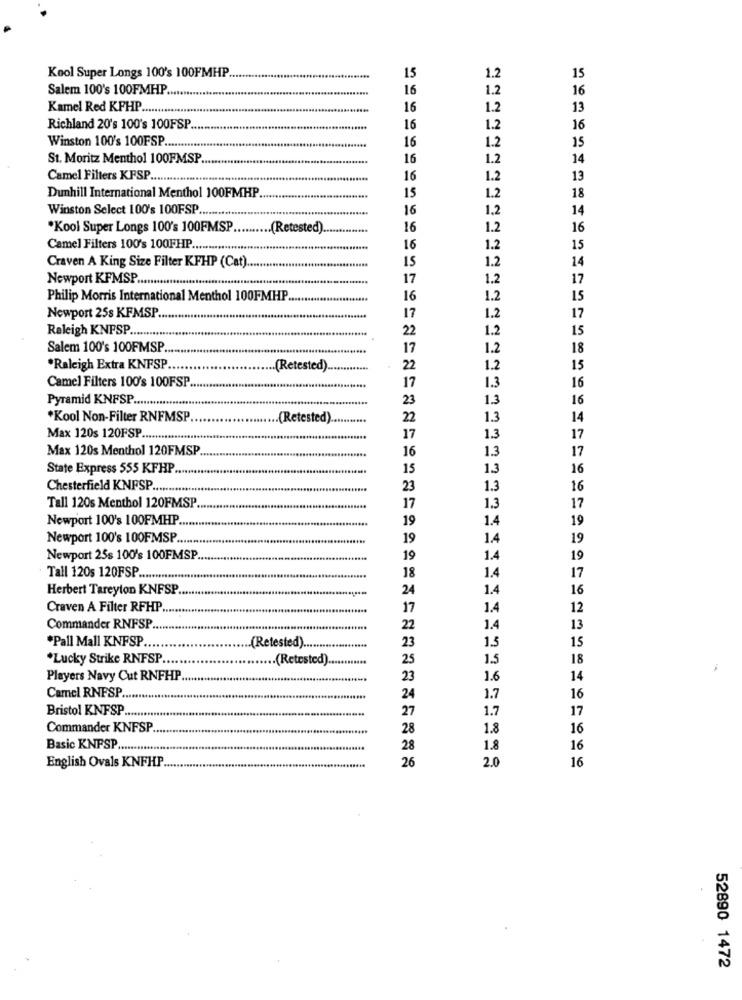
Kool Super Longs 100's 100FMHP
15
1.2
15
Salem 100's 100FMHP.
16
1.2
16
Kamel Red KFHP.
16
1.2
13
Richland 20's 100's 100FSP
16
1.2
16
Winston 100's 100FSP
16
1.2
15
St. Moritz Menthol 100FMSP ...
16
1.2
14
Camel Filters KFSP ...
16
1.2
13
18
Dunhill International Menthol 100FMHP.
15
1.2
Winston Select 100's 100FSP ..
16
1,2
14
"Kool Super Longs 100's 100FMSP
(Retested).
16
1.2
16
Camel Filters 100's 100FHP .....
16
1.2
15
15
1.2
14
Craven A King Size Filter KFHP (Cat).
Newport KFMSP .............................. it
17
1.2
17
Philip Morris International Menthol 100FMHP
16
1.2
15
Newport 25s KFMSP
17
1.2
17
Raleigh KNFSP.
22
1.2
15
Salem 100's 100FMSP
17
1.2
18
*Raleigh Extra KNFSP.
(Retested).
22
1.2
15
Camel Filters 100's 100FSP ..
1.3
17
16
Pyramid KNFSP.
23
1.3
16
*Kool Non-Filter RNFMSP.
(Retested).
22
1.3
14
Max 120s 120FSP.
17
1.3
17
Max 120s Menthol 120FMSP
16
1.3
17
State Express 555 KFHP ..
15
1.3
16
Chesterfield KNFSP ..
23
1.3
16
Tall 120s Menthol 120FMSP
17
1.3
17
Newport 100's 100FMHP.
19
1.4
19
Newport 100's 100FMSP ....
19
1.4
19
Newport 25s 100's 100FMSP.
19
1.4
19
1.4
17
Tall 120s 120FSP .............
18
Herbert Tareyton KNFSP
24
1.4
16
Craven A Filter RFHP
17
1.4
12
Commander RNFSP
22
1.4
13
*Pall Mall KNFSP.
23
1.5
15
(Retested) ....................
.Lucky Strike RNFSP ..
(Retested) ...
25
1.5
18
Players Navy Cut RNFHP
23
1.6
14
Camel RNFSP
24
1.7
16
27
1.7
17
Bristol KNFSP ..........
Commander KNFSP
28
1.8
16
Basic KNFSP ..
28
1.8
16
26
2.0
16
English Ovals KNFHP
52890 1472